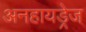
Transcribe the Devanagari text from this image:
अनहायड्रेज